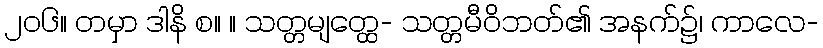
၂၀၆။ တမှာ ဒါနိ စ။ ။ သတ္တမျတ္ထေ- သတ္တမီဝိဘတ်၏ အနက်၌၊ ကာလေ-